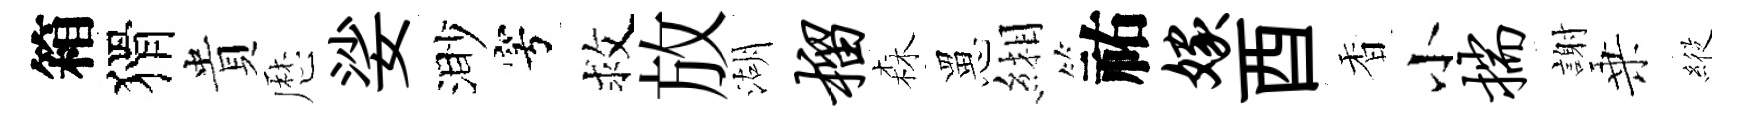
箱猾貴厯娑渺穹救放湖榴森罳緗祐嫁酉香小揣謝乗𦂵